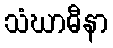
သံဃာဓီနာ